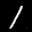
Label: 1